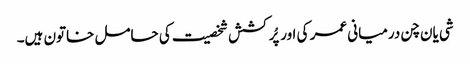
شی یان چن درمیانی عمر کی اور پُرکشش شخصیت کی حامل خاتون ہیں۔